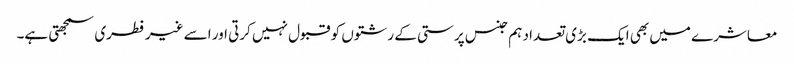
معاشرے میں بھی ایک بڑی تعداد ہم جنس پرستی کے رشتوں کو قبول نہیں کرتی اور اسے غیر فطری سمجھتی ہے۔